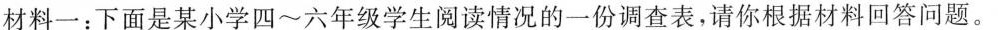
材料一：下面是某小学四~六年级学生阅读情况的一份调查表，请你根据材料回答问题。